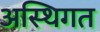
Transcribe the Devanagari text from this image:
अस्थिगत